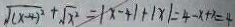
\sqrt { ( x - 4 ) ^ { 2 } } + \sqrt { x ^ { 2 } } = \vert x + 4 \vert + \vert x \vert = 4 - x + 7 = 4